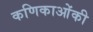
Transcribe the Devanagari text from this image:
कणिकाओंकी